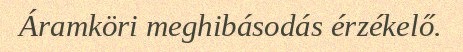
Áramköri meghibásodás érzékelő.